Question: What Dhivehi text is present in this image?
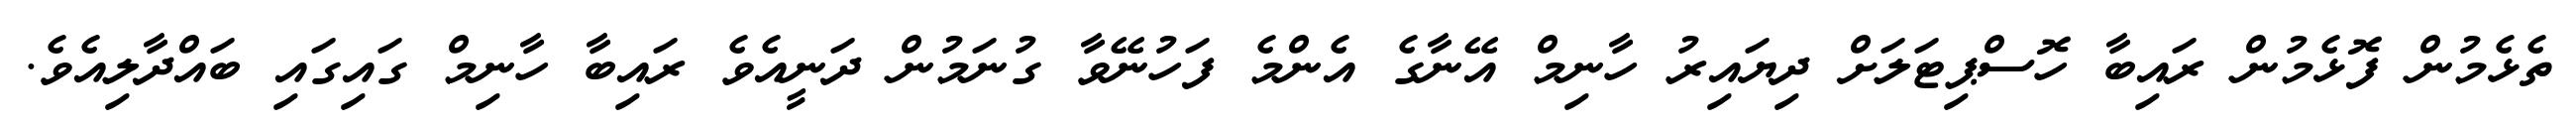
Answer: ތެޅެމުން ފޮޅެމުން ރައިބާ ހޮސްޕިޓަލަށް ދިޔައިރު ހާނިމް އޭނާގެ އެންމެ ފަހުނޭވާ ގުނަމުން ދަނީއެވެ ރައިބާ ހާނިމް ގައިގައި ބައްދާލިއެވެ.